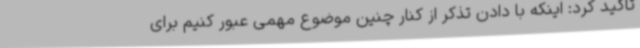
تاکید کرد: اینکه با دادن تذکر از کنار چنین موضوع مهمی عبور کنیم برای